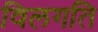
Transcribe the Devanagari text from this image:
विलगति